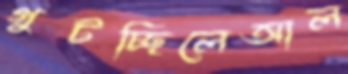
গুটচ্ছিলেআল